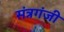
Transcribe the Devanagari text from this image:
संत्रगंजी